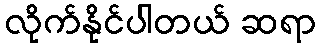
လိုက်နိုင်ပါတယ် ဆရာ